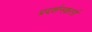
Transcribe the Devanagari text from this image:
प्रदर्शनकर्त्ता